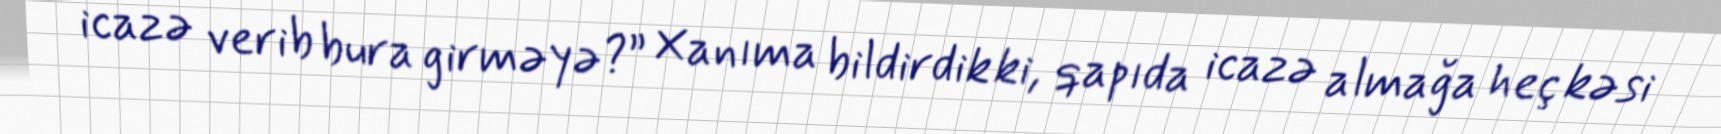
icazə verib bura girməyə?” Xanıma bildirdik ki, qapıda icazə almağa heç kəsi